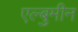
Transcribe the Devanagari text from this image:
एल्बुमीन